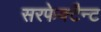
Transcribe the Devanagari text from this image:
सरफेक्टैन्ट